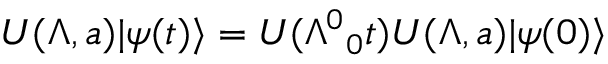
U ( \Lambda , a ) \vert \psi ( t ) \rangle = U ( \Lambda ^ { 0 } { } _ { 0 } t ) U ( \Lambda , a ) \vert \psi ( 0 ) \rangle